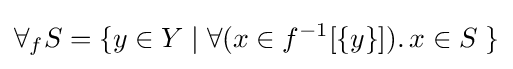
\forall _{f}S=\{y\in Y\mid \forall (x\in f^{-1}[\{y\}]).\,x\in S\;\}